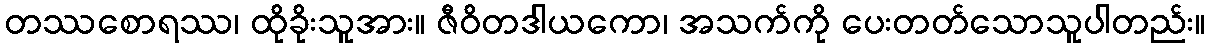
တဿစောရဿ၊ ထိုခိုးသူအား။ ဇီဝိတဒါယကော၊ အသက်ကို ပေးတတ်သောသူပါတည်း။